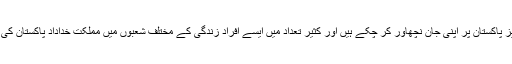
اس پاکیزہ تنظیم کے بہت سارے افراد ملک عزیز پاکستان پر اپنی جان نچھاور کر چکے ہیں اور کثیر تعداد میں ایسے افراد زندگی کے مختلف شعبوں میں مملکت خداداد پاکستان کی سربلندی کے لیے سعی بلیغ انجام دے رہے ہیں۔